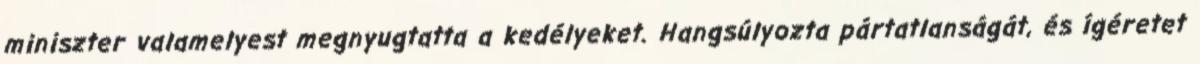
miniszter valamelyest megnyugtatta a kedélyeket. Hangsúlyozta pártatlanságát, és ígéretet